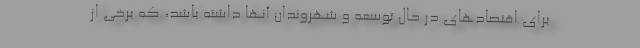
برای اقتصادهای در حال توسعه و شهروندان آنها داشته باشد، که برخی از